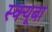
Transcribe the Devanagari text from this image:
स्क्यूबा